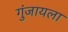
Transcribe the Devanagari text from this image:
गुंजायला